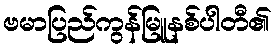
ဗမာပြည်ကွန်မြူနစ်ပါတီ၏